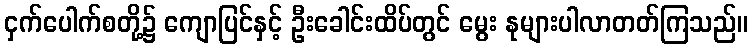
ငှက်ပေါက်စတို့၌ ကျောပြင်နှင့် ဦးခေါင်းထိပ်တွင် မွေး နုများပါလာတတ်ကြသည်။